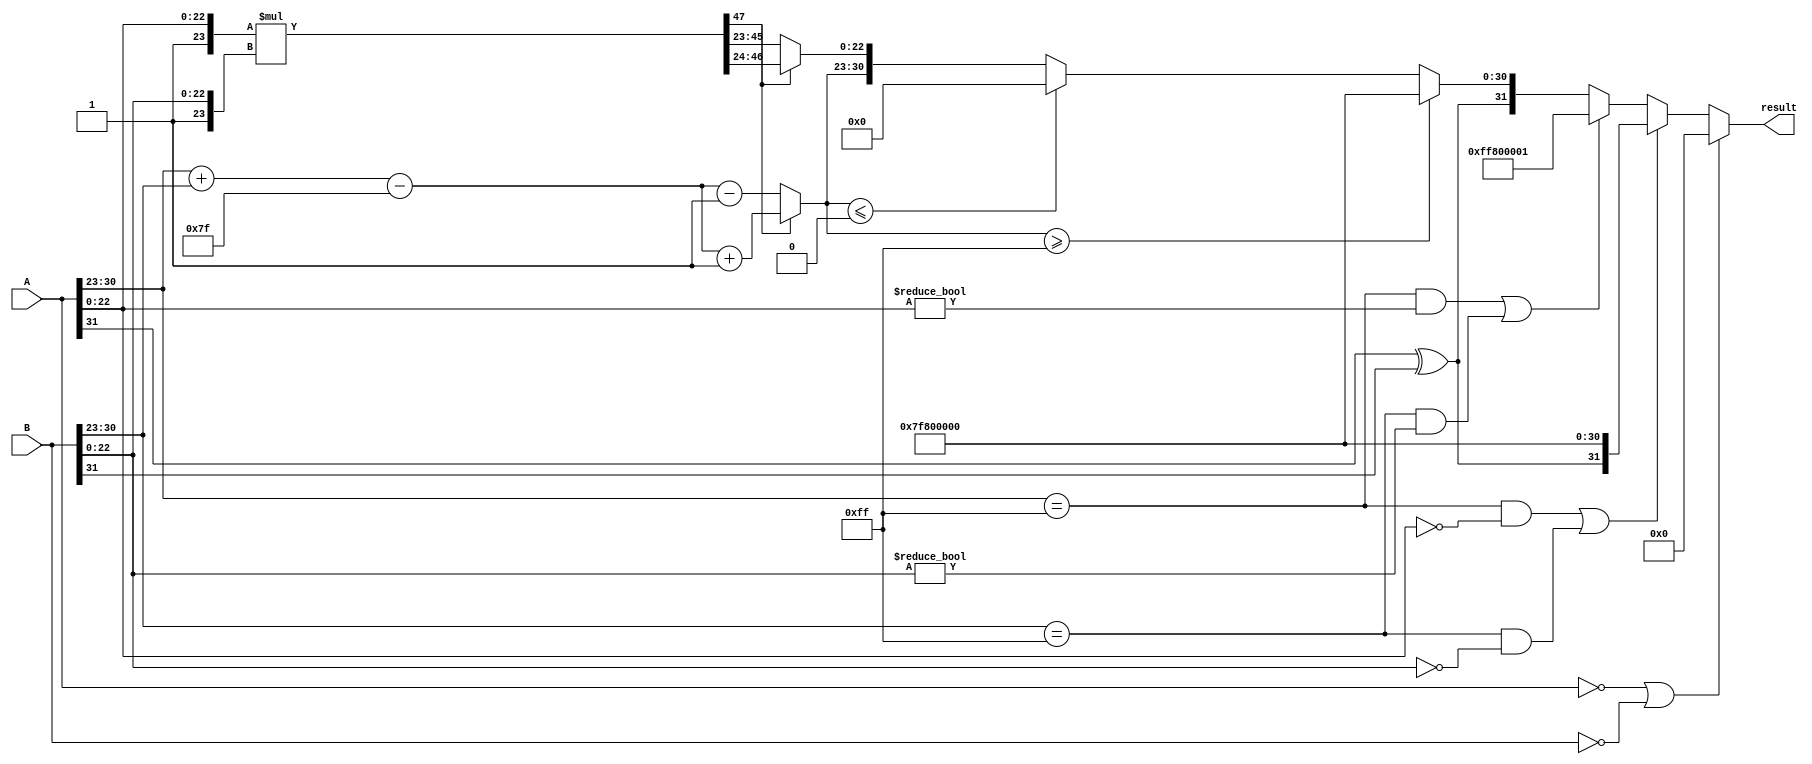
module radix2_floating_point_multiplier (
    input [31:0] A, // Input A (IEEE 754 format)
    input [31:0] B, // Input B (IEEE 754 format)
    output reg [31:0] result // Output result (IEEE 754 format)
);

    // Constants
    parameter BIAS = 127;
    parameter MANTISSA_WIDTH = 23;
    parameter EXPONENT_WIDTH = 8;

    // Internal signals
    wire sign_A, sign_B;
    wire [EXPONENT_WIDTH-1:0] exp_A, exp_B;
    wire [MANTISSA_WIDTH-1:0] mant_A, mant_B;
    wire [MANTISSA_WIDTH+1:0] mant_A_ext, mant_B_ext; // Extended mantissas for multiplication
    wire [47:0] mant_result; // Result mantissa (24 bits + 24 bits)
    reg [EXPONENT_WIDTH-1:0] exp_result;
    reg sign_result;
    reg [MANTISSA_WIDTH-1:0] mant_result_norm;
    reg [EXPONENT_WIDTH-1:0] exp_adjusted;
    reg is_zero, is_inf_A, is_inf_B, is_nan_A, is_nan_B;

    // Extract sign, exponent, and mantissa
    assign sign_A = A[31];
    assign exp_A = A[30:23];
    assign mant_A = A[22:0];
    
    assign sign_B = B[31];
    assign exp_B = B[30:23];
    assign mant_B = B[22:0];

    // Check for special cases
    assign is_zero = (A == 32'h00000000) || (B == 32'h00000000);
    assign is_inf_A = (exp_A == 8'hFF) && (mant_A == 23'h000000);
    assign is_inf_B = (exp_B == 8'hFF) && (mant_B == 23'h000000);
    assign is_nan_A = (exp_A == 8'hFF) && (mant_A != 23'h000000);
    assign is_nan_B = (exp_B == 8'hFF) && (mant_B != 23'h000000);

    // Extend mantissas and perform multiplication
    assign mant_A_ext = {1'b1, mant_A}; // Implicit leading 1
    assign mant_B_ext = {1'b1, mant_B}; // Implicit leading 1
    assign mant_result = mant_A_ext * mant_B_ext; // 24-bit * 24-bit = 48-bit result

    always @(*) begin
        // Default result to zero
        result = 32'b0;

        if (is_zero) begin
            // If either input is zero, result is zero
            result = 32'b0;
        end else if (is_inf_A || is_inf_B) begin
            // If either input is infinity, result is infinity
            result = {sign_A ^ sign_B, 8'hFF, 23'b0};
        end else if (is_nan_A || is_nan_B) begin
            // If either input is NaN
            result = {1'b1, 8'hFF, 23'b1}; // NaN representation
        end else begin
            // Calculate sign
            sign_result = sign_A ^ sign_B;

            // Calculate exponent
            exp_result = exp_A + exp_B - BIAS;

            // Normalize the mantissa
            if (mant_result[47]) begin
                // If mantissa is greater than 1.0 (24 bits)
                mant_result_norm = mant_result[46:24]; // Shift right
                exp_adjusted = exp_result + 1; // Increase exponent
            end else begin
                // If mantissa is less than 1.0, normalize by shifting left
                mant_result_norm = mant_result[45:23]; // Shift left
                exp_adjusted = exp_result - 1; // Decrease exponent
            end

            // Handle exponent overflow/underflow
            if (exp_adjusted >= 8'hFF) begin
                // Overflow to infinity
                result = {sign_result, 8'hFF, 23'b0};
            end else if (exp_adjusted <= 8'h00) begin
                // Underflow to zero (denormalized numbers can be added here if needed)
                result = {sign_result, 8'h00, 23'b0};
            end else begin
                // Construct the final result
                result = {sign_result, exp_adjusted, mant_result_norm};
            end
        end
    end

endmodule